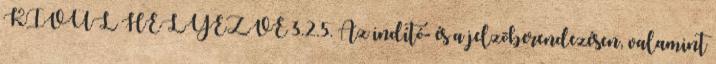
KÍVÜL HELYEZVE 3.2.5. Az indító- és a jelzõberendezésen, valamint